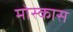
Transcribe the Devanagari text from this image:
मोस्कास